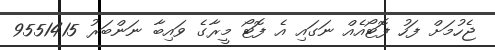
ޖެހުމަށް ފަހު ފޮޓޯއެއް ނަގައި އެ ފޮޓޯ މީރާގެ ވައިބާ ނަންބަރު 9551415